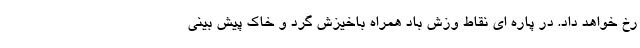
رخ خواهد داد. در پاره ای نقاط وزش باد همراه باخیزش گرد و خاک پیش بینی